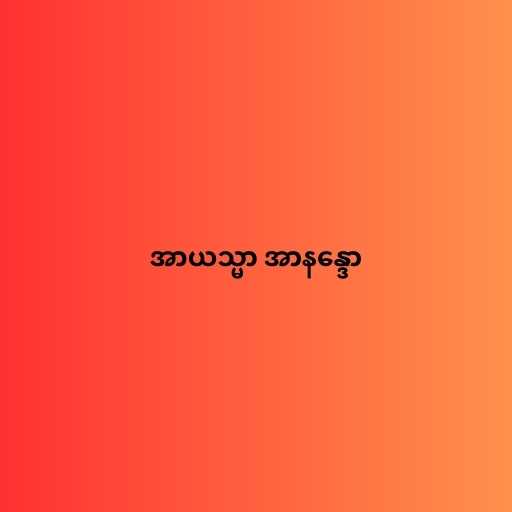
အာယသ္မာ အာနန္ဒော